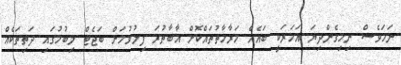
ނަމަވެސް ނިމިގެންދިޔަ އަހަރަކީ ބައެއް މަރާމާތުތައްކޮށް އާބާތުރަ ފިލުވުމަށް ބަޖެޓް ލިބުމުގައި ދަތިތަކެއް